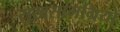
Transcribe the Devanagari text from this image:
सुखसामग्रियों